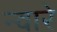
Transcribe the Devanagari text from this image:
न्वारे